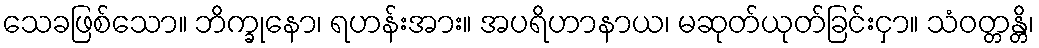
သေခဖြစ်သော။ ဘိက္ခုနော၊ ရဟန်းအား။ အပရိဟာနာယ၊ မဆုတ်ယုတ်ခြင်းငှာ။ သံဝတ္တန္တိ၊